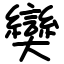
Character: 奱